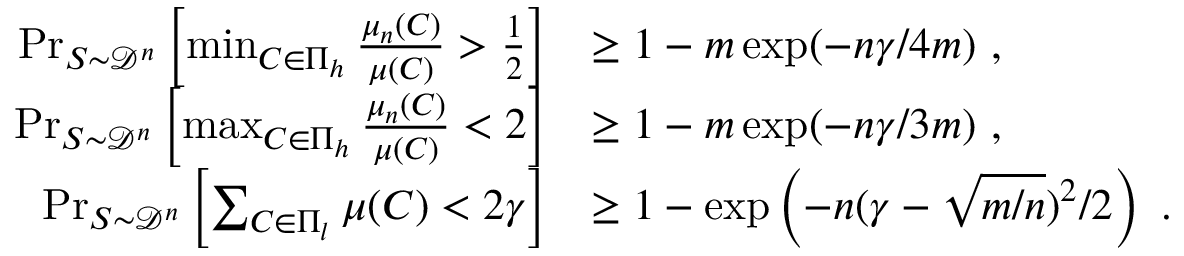
\begin{array} { r l } { \operatorname* { P r } _ { S \sim \mathcal { D } ^ { n } } \left[ \operatorname* { m i n } _ { C \in \Pi _ { h } } \frac { \mu _ { n } ( C ) } { \mu ( C ) } > \frac { 1 } { 2 } \right] } & { \geq 1 - m \exp ( - n \gamma / 4 m ) ~ , } \\ { \operatorname* { P r } _ { S \sim \mathcal { D } ^ { n } } \left[ \operatorname* { m a x } _ { C \in \Pi _ { h } } \frac { \mu _ { n } ( C ) } { \mu ( C ) } < 2 \right] } & { \geq 1 - m \exp ( - n \gamma / 3 m ) ~ , } \\ { \operatorname* { P r } _ { S \sim \mathcal { D } ^ { n } } \left[ \sum _ { C \in \Pi _ { l } } \mu ( C ) < 2 \gamma \right] } & { \geq 1 - \exp \left( - n ( \gamma - \sqrt { m / n } ) ^ { 2 } / 2 \right) ~ . } \end{array}